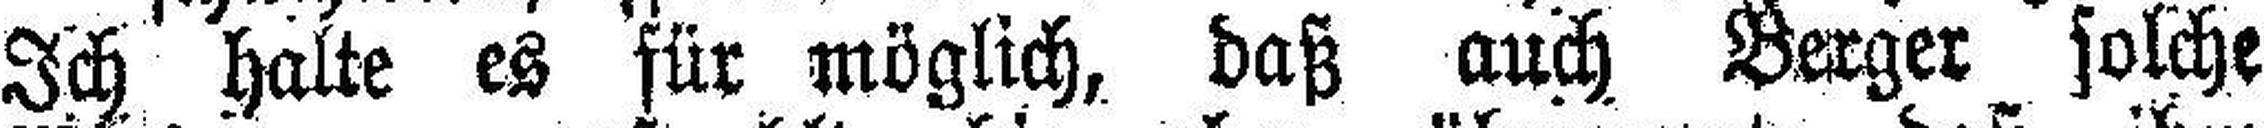
Ich halte es für möglich, daß auch Berger solche